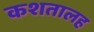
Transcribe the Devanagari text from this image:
कशतालह